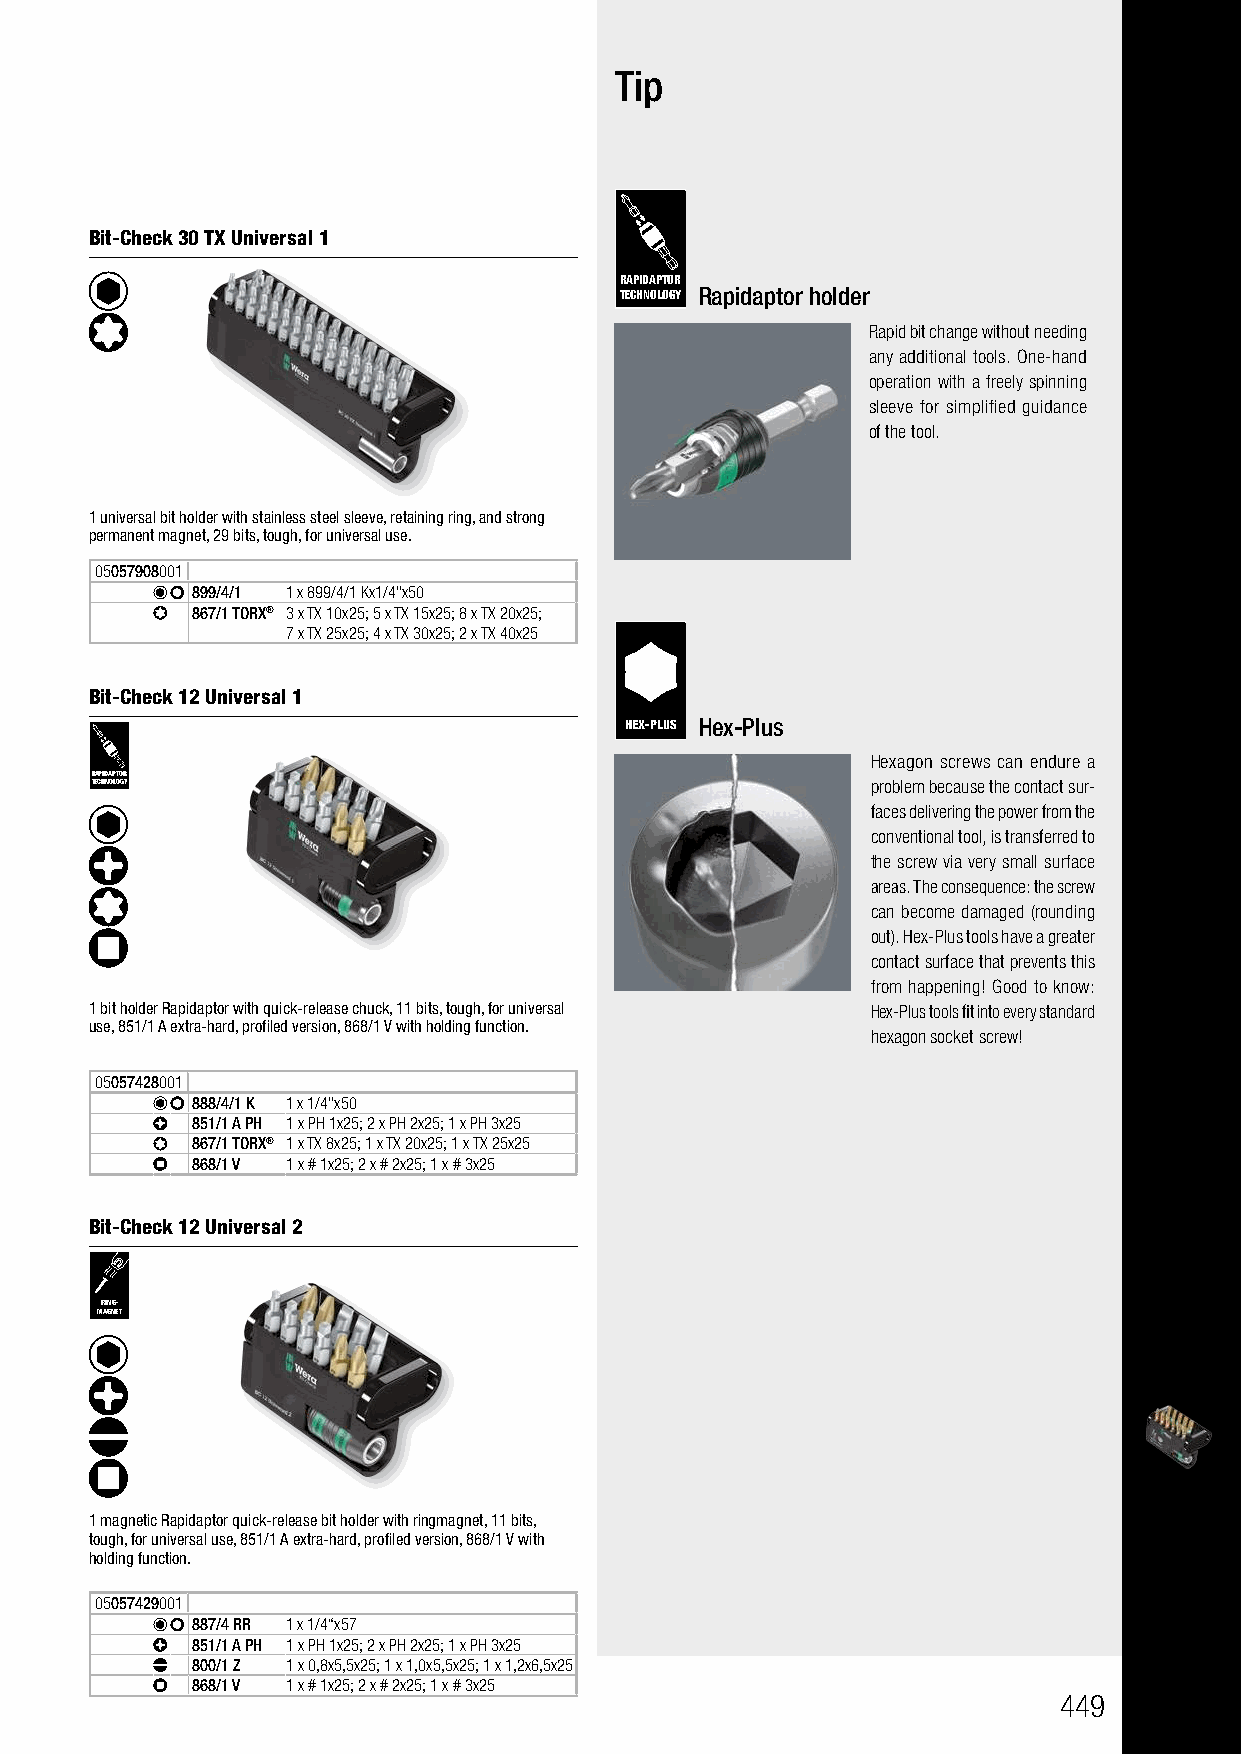
Bit-Checks / Bit-Safes Universal         Tip
 For general use
 Bit-Check 30 TX Universal 1
 RAPIDAPTOR
 TECHNOLOGY Rapidaptor holder
 Rapid bit change without needing
 any additional tools. One-hand
 operation with a freely spinning
 sleeve for simplified guidance
 of the tool.
 1 universal bit holder with stainless steel sleeve, retaining ring, and strong
 permanent magnet, 29 bits, tough, for universal use.
 05057908001
 899/4/1 1 x 899/4/1 Kx1/4"x50
 867/1 TORX® 3 x TX 10x25; 5 x TX 15x25; 8 x TX 20x25;
 7 x TX 25x25; 4 x TX 30x25; 2 x TX 40x25
 Bit-Check 12 Universal 1
 HEX-PLUS Hex-Plus
 Hexagon screws can endure a
 RAPIDAPTOR
 TECHNOLOGY                                          problem because the contact sur-
 faces delivering the power from the
 conventional tool, is transferred to
 the screw via very small surface
 areas. The consequence: the screw
 can become damaged (rounding
 out). Hex-Plus tools have a greater
 contact surface that prevents this
 from happening! Good to know:
 1 bit holder Rapidaptor with quick-release chuck, 11 bits, tough, for universal Hex-Plus tools fit into every standard
 use, 851/1 A extra-hard, profiled version, 868/1 V with holding function.
 hexagon socket screw!
 05057428001
 888/4/1 K 1 x 1/4"x50
 851/1 A PH 1 x PH 1x25; 2 x PH 2x25; 1 x PH 3x25
 867/1 TORX® 1 x TX 8x25; 1 x TX 20x25; 1 x TX 25x25
 868/1 V 1 x # 1x25; 2 x # 2x25; 1 x # 3x25
 Bit-Check 12 Universal 2
 RING-
 MAGNET
 1 magnetic Rapidaptor quick-release bit holder with ringmagnet, 11 bits,
 tough, for universal use, 851/1 A extra-hard, profiled version, 868/1 V with
 holding function.
 05057429001
 887/4 RR 1 x 1/4“x57
 851/1 A PH 1 x PH 1x25; 2 x PH 2x25; 1 x PH 3x25
 800/1 Z 1 x 0,8x5,5x25; 1 x 1,0x5,5x25; 1 x 1,2x6,5x25
 868/1 V 1 x # 1x25; 2 x # 2x25; 1 x # 3x25
 449